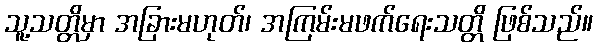
သူ့သတ္တိမှာ အခြားမဟုတ်၊ အကြမ်းမဖက်ရေးသတ္တိ ဖြစ်သည်။